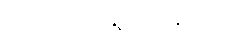
အဘယ်သို့ ရွတ်သနည်း။)